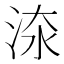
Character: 𣵟